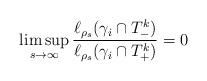
LaTeX: \begin{align*} \limsup_{s \to \infty}\frac{\ell_{\rho_{s}}(\gamma_i\cap T_-^k)}{\ell_{\rho_{s}}(\gamma_i \cap T_+^k)} = 0\end{align*}